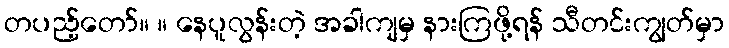
တပည့်တော်။ ။ နေပူလွန်းတဲ့ အခါကျမှ နားကြဖို့ရန် သီတင်းကျွတ်မှာ